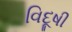
વિદૂષી